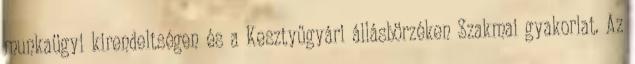
munkaügyi kirendeltségen és a Kesztyűgyári állásbörzéken Szakmai gyakorlat. Az